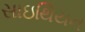
સાઇથિયન